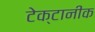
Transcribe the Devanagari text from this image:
टेक्टानीक